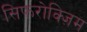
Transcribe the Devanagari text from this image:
सिफरोक्ज़िम